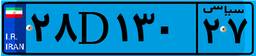
۹۳D۷۴۵۳۸